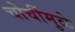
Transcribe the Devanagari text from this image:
चोचींमुळे